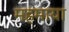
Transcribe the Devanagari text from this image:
महमाया